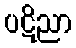
ပဋိညာ